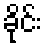
ခိုင်း